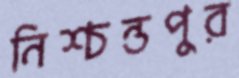
নিশ্চন্তপুর